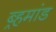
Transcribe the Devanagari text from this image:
ब्र्हमांड